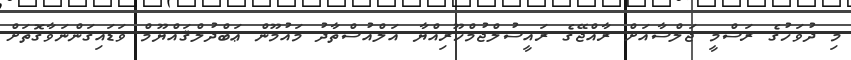
މި ދުވަހުގެ ރަސްމީ ޖަލްސާއަށް ރާއްޖޭގެ ރައީސުލްޖުމްހޫރިއްޔާ އަލްއުސްތާޛު މައުމޫން ޢަބްދުލްޤައްޔޫމް ވަޑައިގަންނަވާގޮތަށް